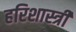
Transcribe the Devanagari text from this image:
हरिशास्त्री